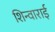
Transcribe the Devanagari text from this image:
शिन्वाराई